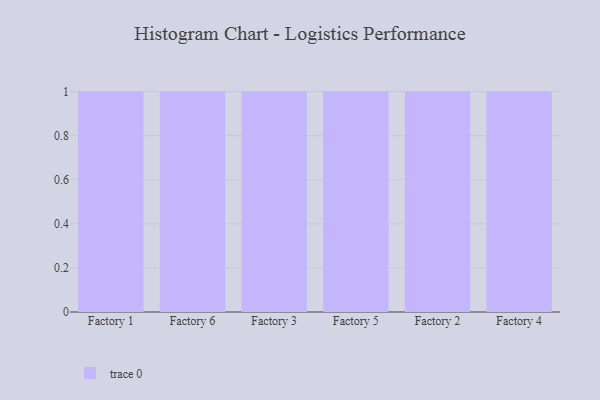
{"axis": {"x": "Factory", "y": "Latency (ms)"}, "legend": [""], "data": [{"x": "Factory 1", "y": 13, "type": ""}, {"x": "Factory 6", "y": 40, "type": ""}, {"x": "Factory 3", "y": 79, "type": ""}, {"x": "Factory 5", "y": 2, "type": ""}, {"x": "Factory 2", "y": 78, "type": ""}, {"x": "Factory 4", "y": 91, "type": ""}]}